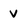
Character: v